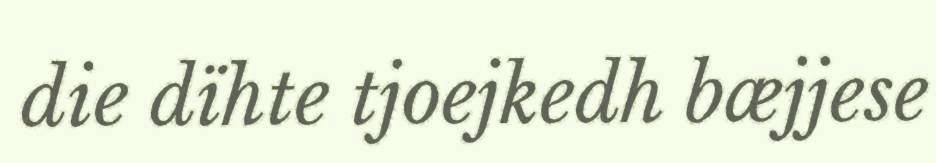
die dïhte tjoejkedh bæjjese